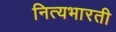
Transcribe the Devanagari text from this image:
नित्यभारती